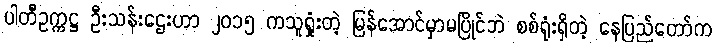
ပါတီဥက္ကဋ္ဌ ဦးသန်းဌေးဟာ ၂၀၁၅ ကသူရှုံးတဲ့ မြန်အောင်မှာမပြိုင်ဘဲ စစ်ရုံးရှိတဲ့ နေပြည်တော်က